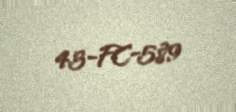
43-FC-589